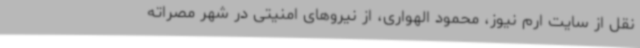
نقل از سایت ارم نیوز، محمود الهواری، از نیروهای امنیتی در شهر مصراته